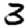
Digit: 3